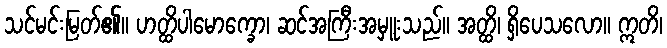
သင်မင်းမြတ်၏။ ဟတ္ထိပါမောက္ခော၊ ဆင်အကြီးအမှူးသည်။ အတ္ထိ၊ ရှိပေသလော။ ဣတိ၊